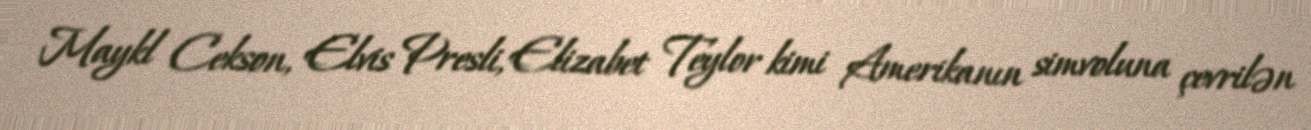
Maykl Cekson, Elvis Presli, Elizabet Teylor kimi Amerikanın simvoluna çevrilən